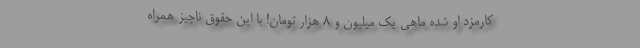
کارمزد او شده ماهی یک میلیون و ۸ هزار تومان! با این حقوق ناچیز همراه